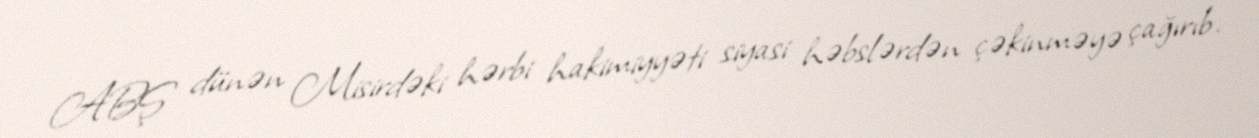
ABŞ dünən Misirdəki hərbi hakimiyyəti siyasi həbslərdən çəkinməyə çağırıb.